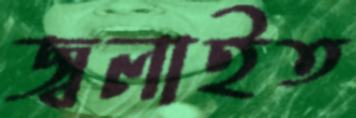
জ্বলাইত